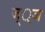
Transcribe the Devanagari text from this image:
ज््ञ